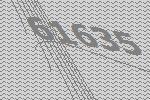
61635